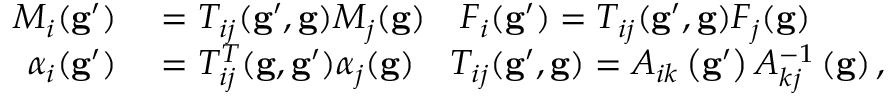
\begin{array} { r l } { M _ { i } ( \mathbf { g } ^ { \prime } ) } & { { } = T _ { i j } ( \mathbf { g } ^ { \prime } , \mathbf { g } ) M _ { j } ( \mathbf { g } ) \quad F _ { i } ( \mathbf { g } ^ { \prime } ) = T _ { i j } ( \mathbf { g } ^ { \prime } , \mathbf { g } ) F _ { j } ( \mathbf { g } ) } \\ { \alpha _ { i } ( \mathbf { g } ^ { \prime } ) } & { { } = T _ { i j } ^ { T } ( \mathbf { g } , \mathbf { g } ^ { \prime } ) \alpha _ { j } ( \mathbf { g } ) \quad T _ { i j } ( \mathbf { g } ^ { \prime } , \mathbf { g } ) = A _ { i k } \left( \mathbf { g } ^ { \prime } \right) A _ { k j } ^ { - 1 } \left( \mathbf { g } \right) , } \end{array}